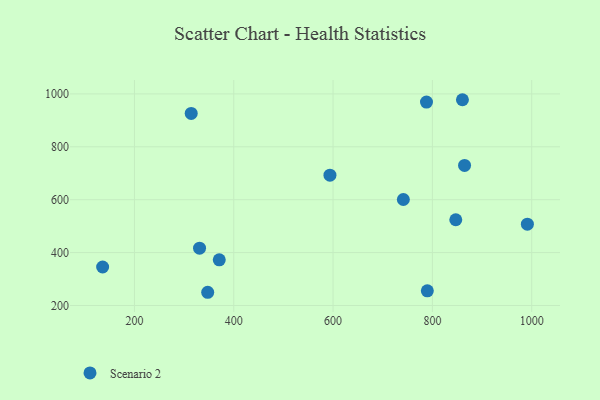
{"axis": {"x": "Speed", "y": "Demand"}, "legend": ["Scenario 2"], "data": [{"x": "860.5", "y": 977.9, "type": "Scenario 2"}, {"x": "864.8", "y": 729.4, "type": "Scenario 2"}, {"x": "847.1", "y": 524.2, "type": "Scenario 2"}, {"x": "788.1", "y": 969.1, "type": "Scenario 2"}, {"x": "370.8", "y": 372.7, "type": "Scenario 2"}, {"x": "331.1", "y": 416.9, "type": "Scenario 2"}, {"x": "991.3", "y": 507.3, "type": "Scenario 2"}, {"x": "135.9", "y": 345.6, "type": "Scenario 2"}, {"x": "314.3", "y": 926.2, "type": "Scenario 2"}, {"x": "347.5", "y": 250.0, "type": "Scenario 2"}, {"x": "741.5", "y": 600.7, "type": "Scenario 2"}, {"x": "789.8", "y": 255.3, "type": "Scenario 2"}, {"x": "593.7", "y": 692.5, "type": "Scenario 2"}]}